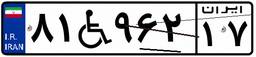
۸۱W۹۶۲۱۷